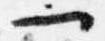
一